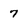
Character: 7